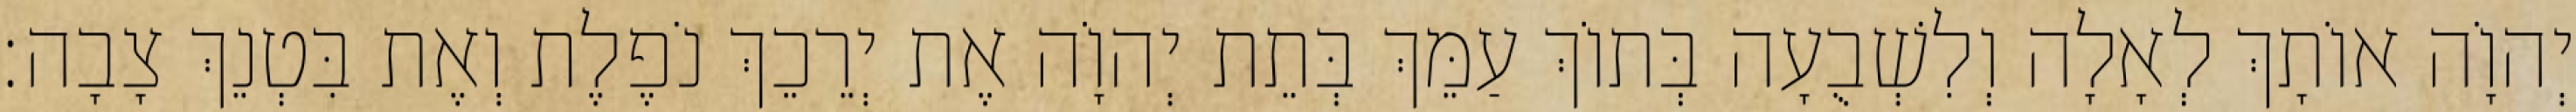
יְהוָֹה אוֹתָךְ לְאָלָה וְלִשְׁבֻעָה בְּתוֹךְ עַמֵּךְ בְּתֵת יְהוָֹה אֶת יְרֵכֵךְ נֹפֶלֶת וְאֶת בִּטְנֵךְ צָבָה׃